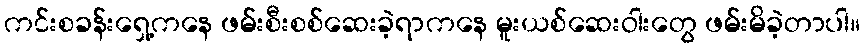
ကင်းစခန်းရှေ့ကနေ ဖမ်းစီးစစ်ဆေးခဲ့ရာကနေ မူးယစ်ဆေးဝါးတွေ ဖမ်းမိခဲ့တာပါ။